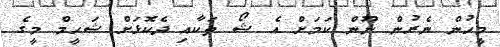
މީހުން ނެރުން ނޫން ކަމަށް އެ ޝޯ ތަކާއި ދެކޮޅަށް ޝަހީމް މީގެ